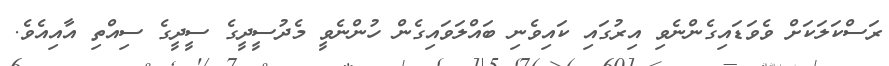
ރަސްކަލަކަށް ވެވަޑައިގެންނެވި އިރުގައި ކައިވެނި ބައްލަވައިގެން ހުންނެވީ މެދުސީދީގެ ސީދީގެ ސިއްތި އާއިއެވެ.